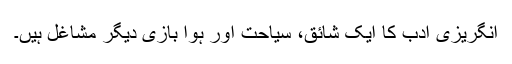
انگریزی ادب کا ایک شائق، سیاحت اور ہوا بازی دیگر مشاغل ہیں۔